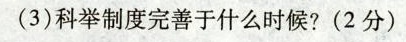
(3)科举制度完善于什么时候?(2分)